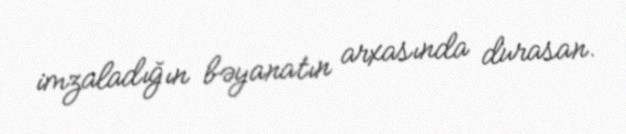
imzaladığın bəyanatın arxasında durasan.